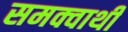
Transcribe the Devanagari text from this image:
समक्वाथी